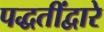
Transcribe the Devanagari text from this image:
पद्धतींद्वारे